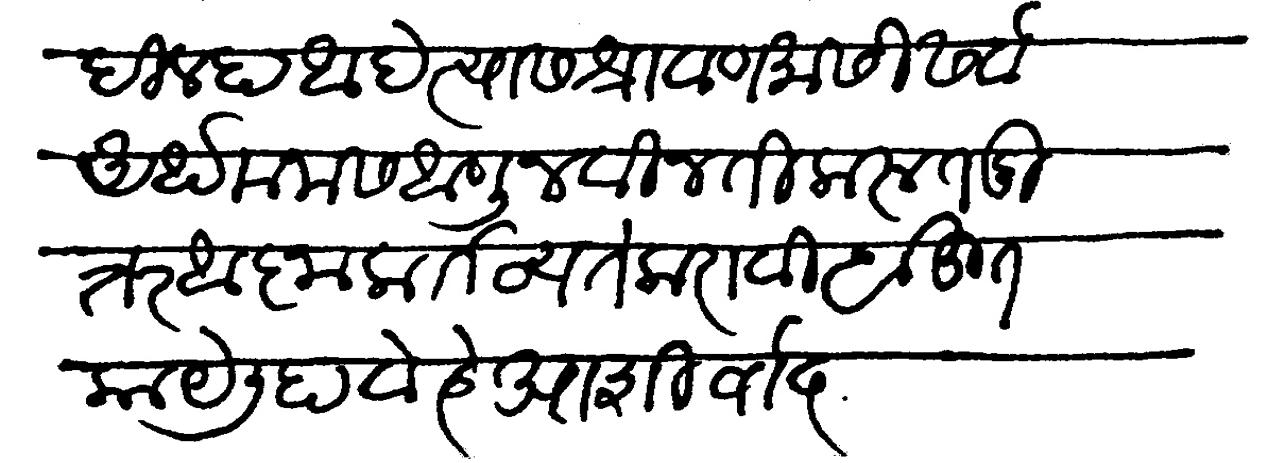
Transliteration (Devanagari): दिल्हा आहे त्यास श्रावण मासी सर्व अर्थ मनास आणून विनंती करू तदुत्तर आज्ञा कर्तव्य ते करावे बहुत काय लिहावे हे आशीर्वाद